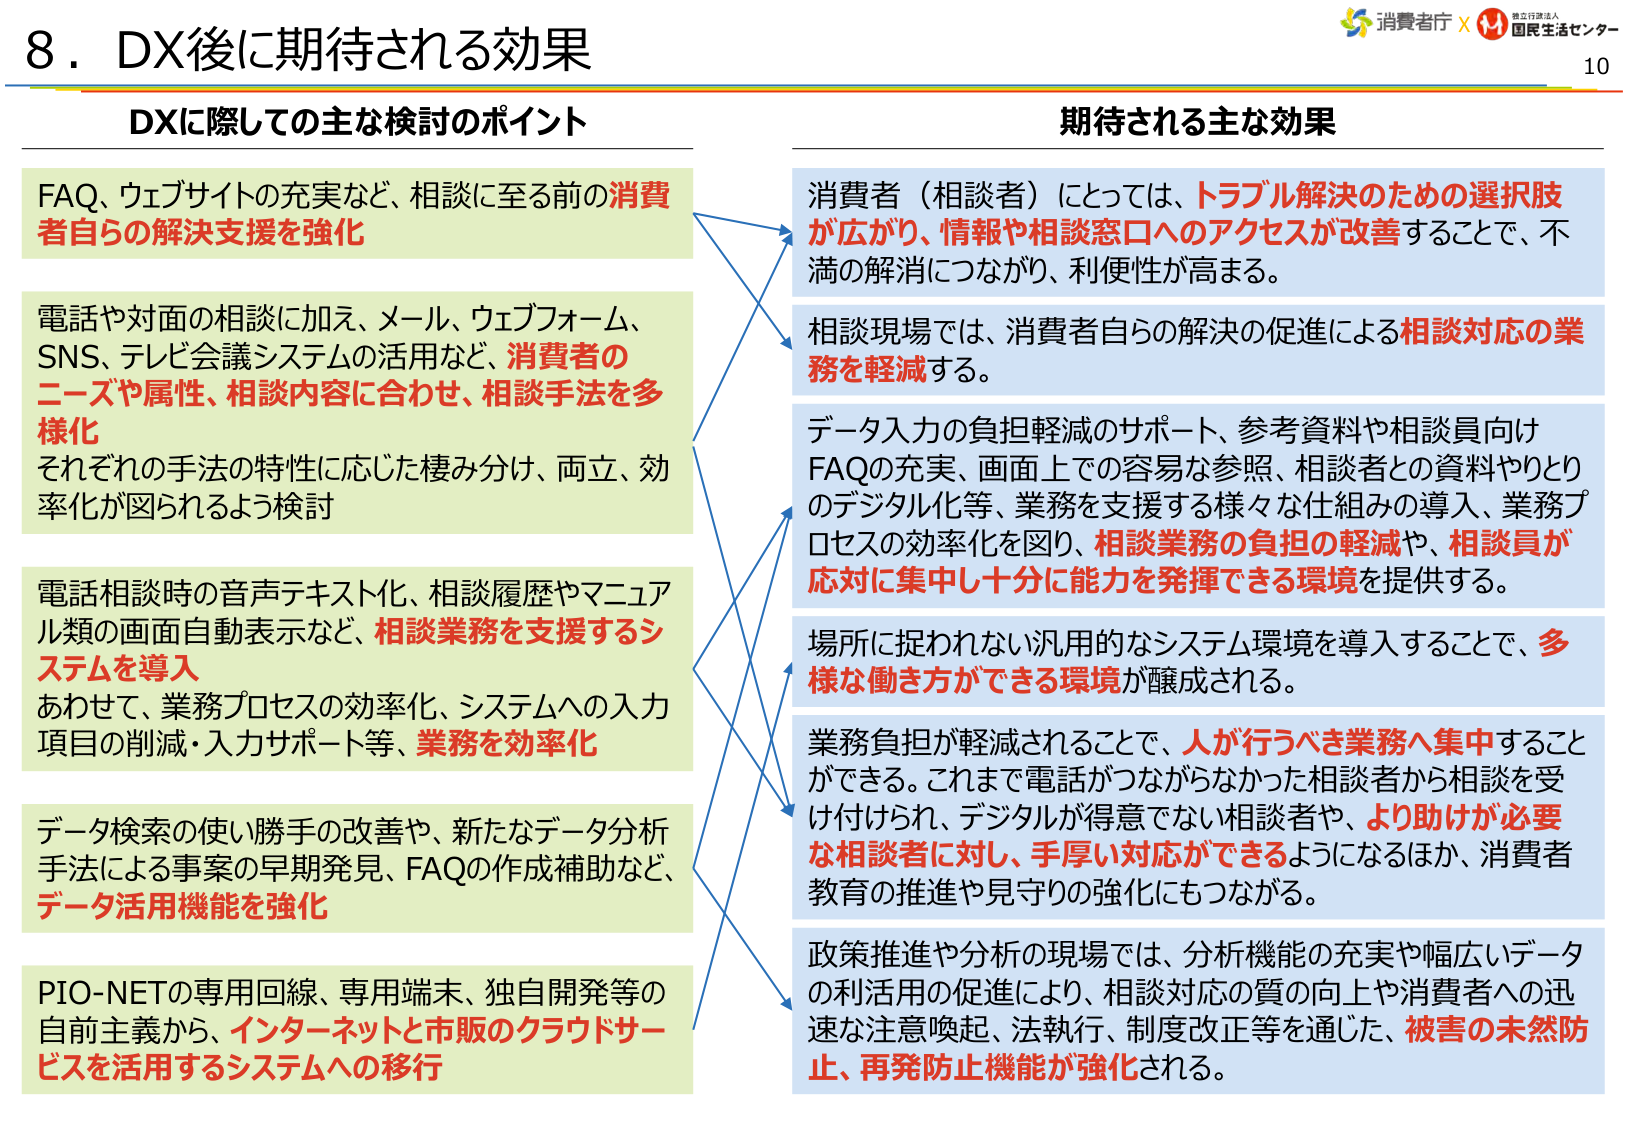
8．DX後に期待される効果

DXに際しての主な検討のポイント

FAQ、ウェブサイトの充実など、相談に至る前の消費者自らの解決支援を強化

電話や対面の相談に加え、メール、ウェブフォーム、SNS、テレビ会議システムの活用など、消費者のニーズや属性、相談内容に合わせ、相談手法を多様化
それぞれの手法の特性に応じた棲み分け、両立、効率化が図られるよう検討

電話相談時の音声テキスト化、相談履歴やマニュアル類の画面自動表示など、相談業務を支援するシステムを導入
あわせて、業務プロセスの効率化、システムへの入力項目の削減・入力サポート等、業務を効率化

データ検索の使い勝手の改善や、新たなデータ分析手法による事案の早期発見、FAQの作成補助など、データ活用機能を強化

PIO-NETの専用回線、専用端末、独自開発等の自前主義から、インターネットと市販のクラウドサービスを活用するシステムへの移行

期待される主な効果

消費者（相談者）にとっては、トラブル解決のための選択肢が広がり、情報や相談窓口へのアクセスが改善することで、不満の解消につながり、利便性が高まる。

相談現場では、消費者自らの解決の促進による相談対応の業務を軽減する。

データ入力の負担軽減のサポート、参考資料や相談員向けFAQの充実、画面上での容易な参照、相談者との資料やりとりのデジタル化等、業務を支援する様々な仕組みの導入、業務プロセスの効率化を図り、相談業務の負担の軽減や、相談員が対応に集中し十分に能力を発揮できる環境を提供する。

場所に捉われない汎用的なシステム環境を導入することで、多様な働き方ができる環境が醸成される。

業務負担が軽減されることで、人が行うべき業務へ集中することができる。これまで電話がつながらなかった相談者から相談を受け付けられ、デジタルが得意でない相談者や、より助けが必要な相談者に対し、手厚い対応ができるようになるほか、消費者教育の推進や見守りの強化にもつながる。

政策推進や分析の現場では、分析機能の充実や幅広いデータの利活用の促進により、相談対応の質の向上や消費者への迅速な注意喚起、法執行、制度改正等を通じた、被害の未然防止、再発防止機能が強化される。

消費者庁 × 独立行政法人 国民生活センター
10